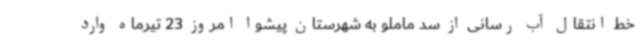
خط انتقال آب رسانی از سد ماملو به شهرستان پیشوا امروز 23 تیرماه وارد